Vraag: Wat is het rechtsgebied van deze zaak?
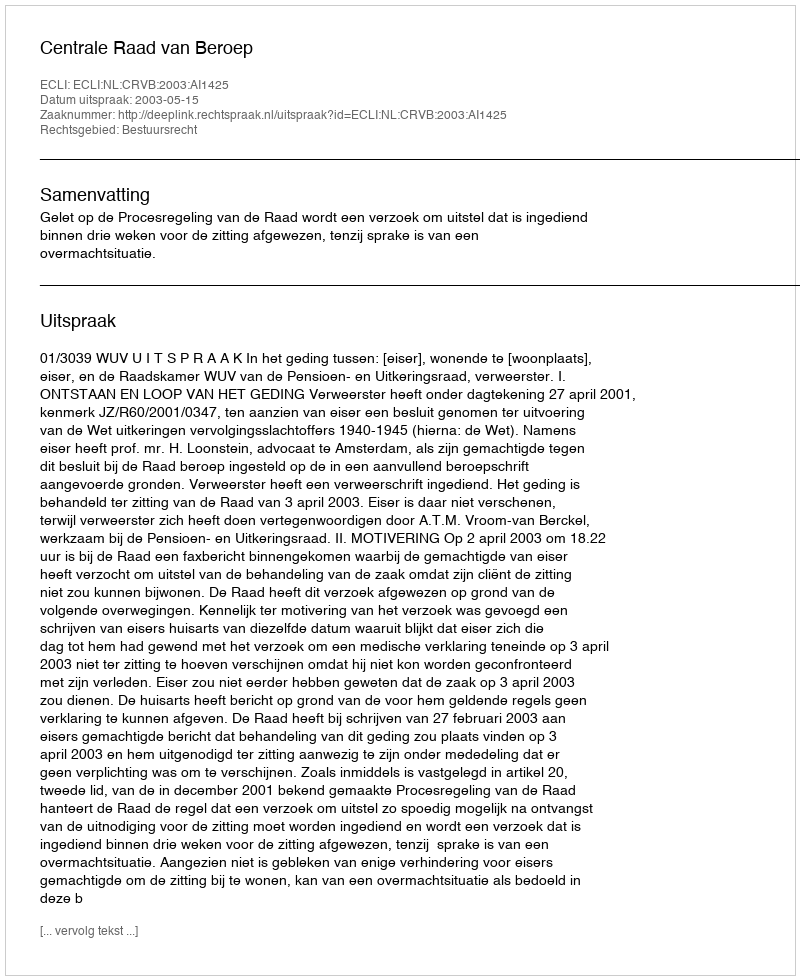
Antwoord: Bestuursrecht